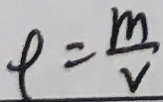
\rho = \frac { m } { V }